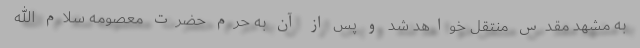
به مشهد مقدس منتقل خواهد شد و پس از آن به حرم حضرت معصومه سلام الله